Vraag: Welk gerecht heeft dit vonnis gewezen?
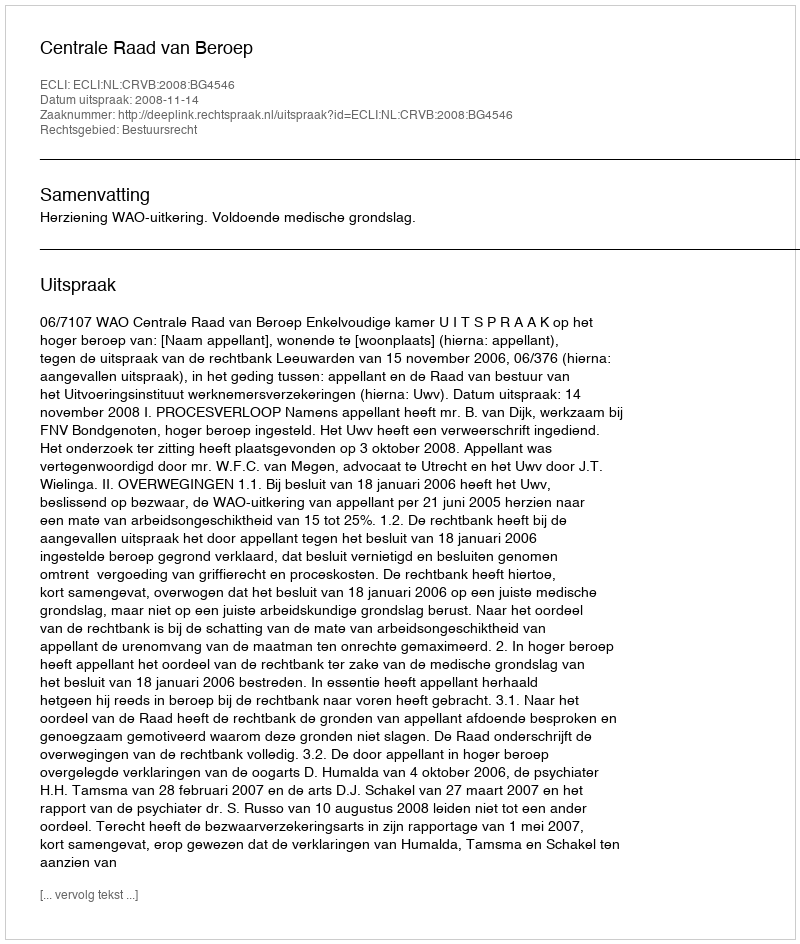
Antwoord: Centrale Raad van Beroep